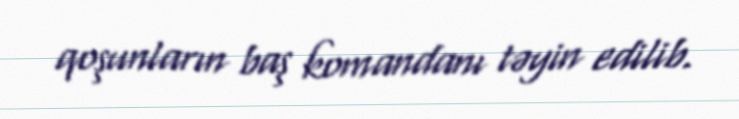
qoşunların baş komandanı təyin edilib.